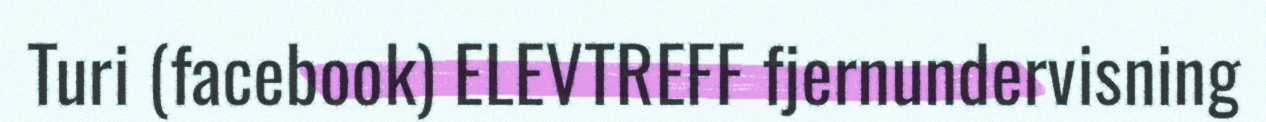
Turi (facebook) ELEVTREFF fjernundervisning